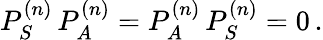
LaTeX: P_{S}^{(n)}\, P_{A}^{(n)}=P_{A}^{(n)}\, P_{S}^{(n)}=0\, .